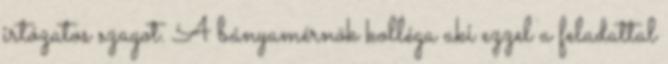
irtózatos szagot. A bányamérnök kolléga aki ezzel a feladattal